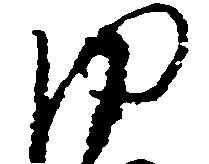
ゆ